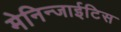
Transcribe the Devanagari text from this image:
मेनिन्जाईटिस